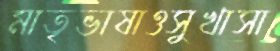
মাতৃভাষাওসুখাসা